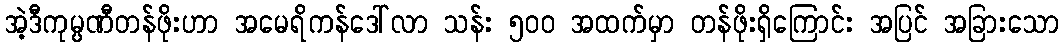
အဲ့ဒီကုမ္ပဏီတန်ဖိုးဟာ အမေရိကန်ဒေါ်လာ သန်း ၅၀၀ အထက်မှာ တန်ဖိုးရှိကြောင်း အပြင် အခြားသော